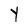
Character: Y